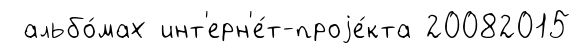
альбо́мах инт'ерн'е́т-проjе́кта 20082015